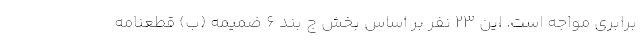
برابری مواجه است. این ۲۳ نفر بر اساس بخش ج بند ۶ ضمیمه (ب) قطعنامه